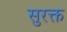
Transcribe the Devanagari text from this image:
सुरक्त